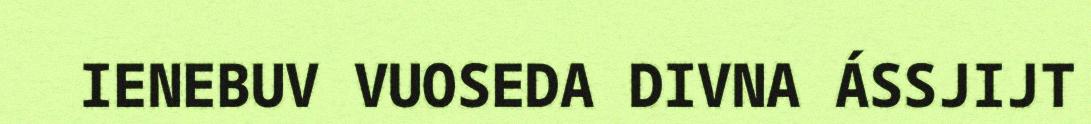
IENEBUV VUOSEDA DIVNA ÁSSJIJT